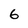
Character: 6